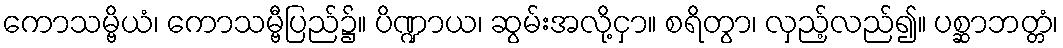
ကောသမ္ဗိယံ၊ ကောသမ္ဗီပြည်၌။ ပိဏ္ဍာယ၊ ဆွမ်းအလို့ငှာ။ စရိတွာ၊ လှည့်လည်၍။ ပစ္ဆာဘတ္တံ၊